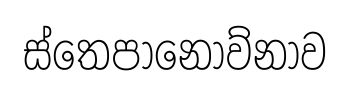
ස්තෙපානොව්නාව